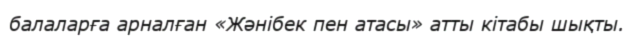
балаларға арналған «Жәнібек пен атасы» атты кітабы шықты.